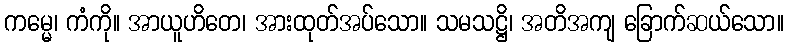
ကမ္မေ၊ ကံကို။ အာယူဟိတေ၊ အားထုတ်အပ်သော။ သမသဋ္ဌိ၊ အတိအကျ ခြောက်ဆယ်သော။